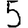
Digit: 5